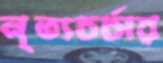
নৃত্যচর্চার